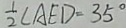
\frac { 1 } { 2 } \angle A E D = 3 5 ^ { \circ }